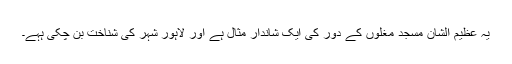
یہ عظیم الشان مسجد مغلوں کے دور کی ایک شاندار مثال ہے اور لاہور شہر کی شناخت بن چکی ہہے۔